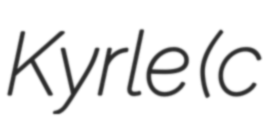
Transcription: Kyrle (c